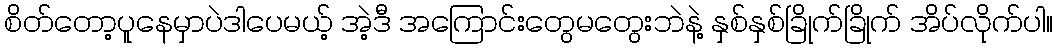
စိတ်တော့ပူနေမှာပဲဒါပေမယ့် အဲ့ဒီ အကြောင်းတွေမတွေးဘဲနဲ့ နှစ်နှစ်ခြိုက်ခြိုက် အိပ်လိုက်ပါ။